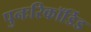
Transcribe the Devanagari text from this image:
पुनःरिकॉर्डिड